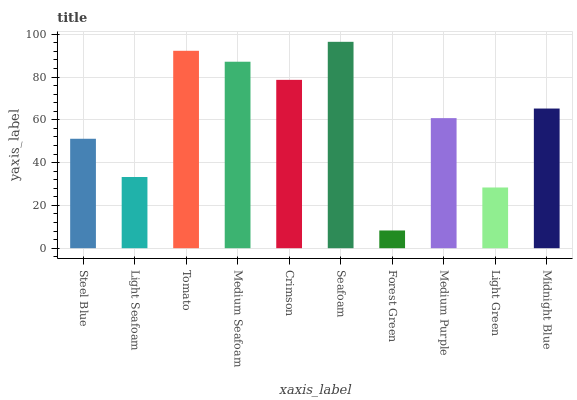
| xaxis_label | bars |
 | --- | --- |
 | Steel Blue | 51.2 |
 | Light Seafoam | 33.3 |
 | Tomato | 92.3 |
 | Medium Seafoam | 87.2 |
 | Crimson | 78.7 |
 | Seafoam | 96.5 |
 | Forest Green | 8.29 |
 | Medium Purple | 60.8 |
 | Light Green | 28.4 |
 | Midnight Blue | 65.3 |